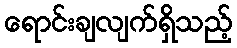
ရောင်းချလျက်ရှိသည့်